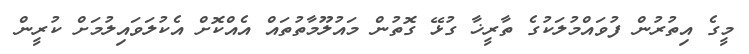
މީގެ އިތުރުން ފުވައްމުލަކުގެ ތާރީޚާ ގުޅޭ ގޮތުން މައުލޫމާތުތައް އެއްކޮށް އެކުލަވައިލުމަށް ކުރީން